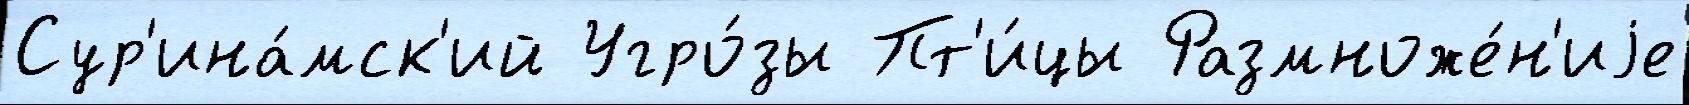
Сур'ина́мск'ий Угро́зы Пт'и́цы Размноже́н'иjе